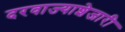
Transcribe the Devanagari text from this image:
दरवाज्याशेजारी